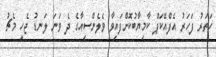
ހަތަރު ފަހަރު އެފްއޭކަޕް ކާމިޔާބުކޮށްފައިވާ ވެލެންސިއާގެ ދެ ވަނަ ލަނޑު ޖެހީ މެޗު